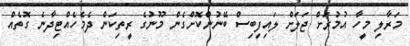
މަރާލި މީހާ އުމުރަށް ޖަލަށް ލައިފިބިސް ބޭނުންކޮށްގެން މޫނުގެ ރީތިކަން ދެމެހެއްޓިދާނެ ގޮތެއް